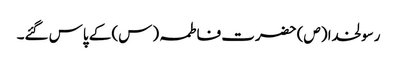
رسولخدا (ص) حضرت فاطمہ (س) کے پاس گئے۔